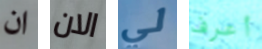
ان الان لي أعرف